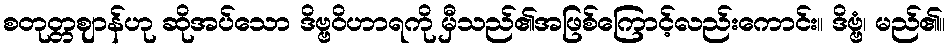
စတုတ္တဈာန်ဟု ဆိုအပ်သော ဒိဗ္ဗဝိဟာရကို မှီသည်၏အဖြစ်ကြောင့်လည်းကောင်း။ ဒိဗ္ဗံ၊ မည်၏။